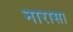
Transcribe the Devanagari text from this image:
नारासा